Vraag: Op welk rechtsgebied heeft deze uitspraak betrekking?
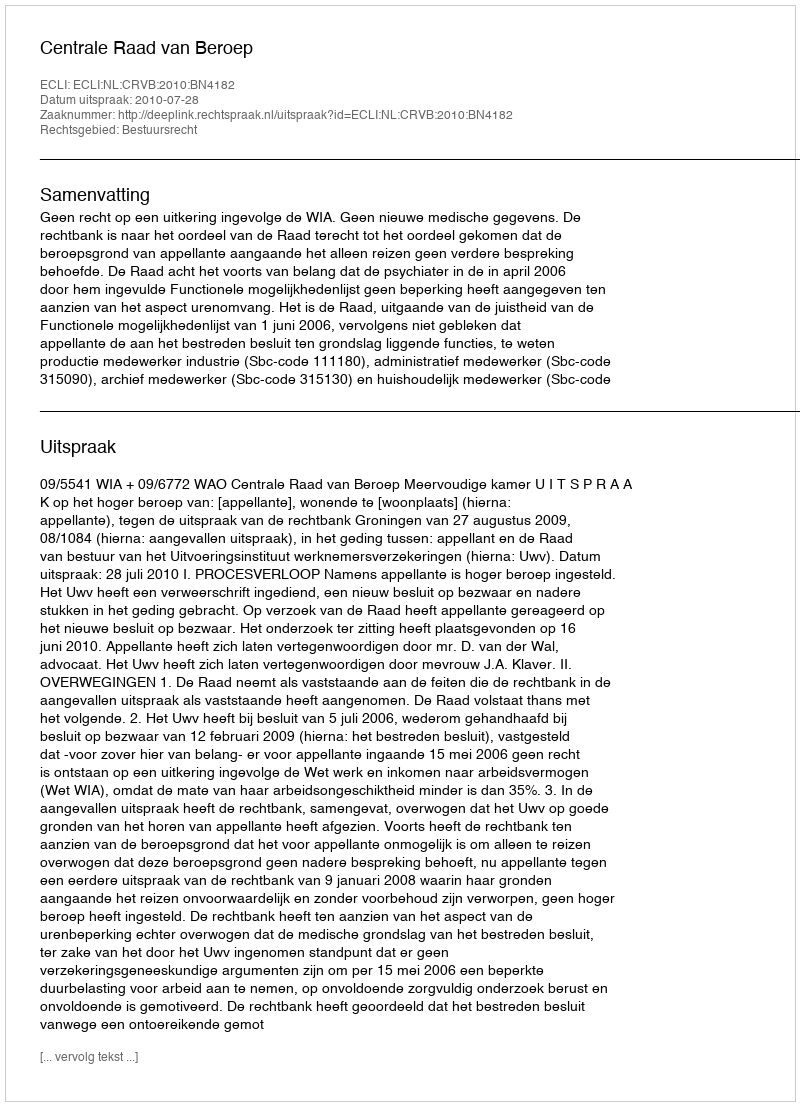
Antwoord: Bestuursrecht